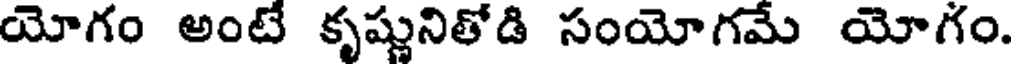
యోగం అంటే కృష్ణునితోడి సంయోగమే యోగం.